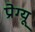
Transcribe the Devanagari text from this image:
प्रेग्यू